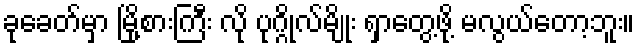
ခုခေတ်မှာ မြို့စားကြီး လို ပုဂ္ဂိုလ်မျိုး ရှာတွေ့ဖို့ မလွယ်တော့ဘူး။